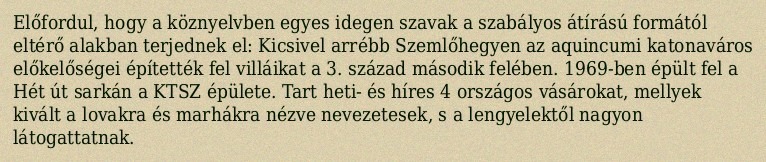
Előfordul, hogy a köznyelvben egyes idegen szavak a szabályos átírású formától eltérő alakban terjednek el: Kicsivel arrébb Szemlőhegyen az aquincumi katonaváros előkelőségei építették fel villáikat a 3. század második felében. 1969-ben épült fel a Hét út sarkán a KTSZ épülete. Tart heti- és híres 4 országos vásárokat, mellyek kivált a lovakra és marhákra nézve nevezetesek, s a lengyelektől nagyon látogattatnak.